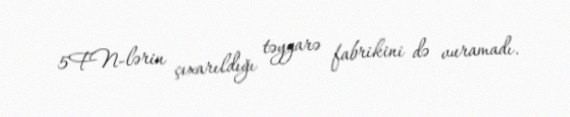
5FN-lərin çıxarıldığı təyyarə fabrikini də vuramadı.